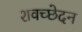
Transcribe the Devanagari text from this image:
शवच्छेदन